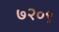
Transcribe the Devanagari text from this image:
७२०९